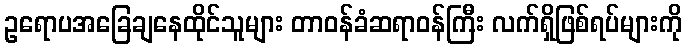
ဥရောပအခြေချနေထိုင်သူများ တာဝန်ခံဆရာဝန်ကြီး လက်ရှိဖြစ်ရပ်များကို